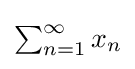
{\textstyle \sum _{n=1}^{\infty }x_{n}}